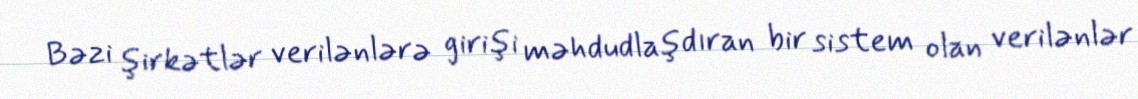
Bəzi şirkətlər verilənlərə girişi məhdudlaşdıran bir sistem olan verilənlər